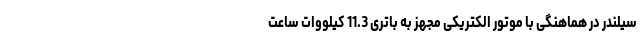
سیلندر در هماهنگی با موتور الکتریکی مجهز به باتری 11.3 کیلووات ساعت